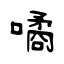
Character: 噊